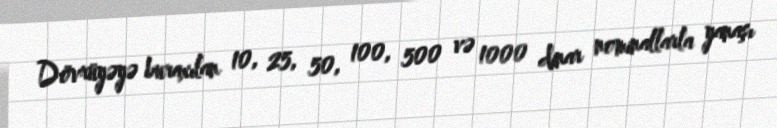
Dövrüyəyə buraxılan 10, 25, 50, 100, 500 və 1000 dinar nominallarla yanaşı